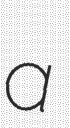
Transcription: a